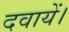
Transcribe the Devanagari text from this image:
दवायें।